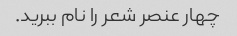
چهار عنصر شعر را نام ببرید.